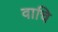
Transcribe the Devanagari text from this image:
वाचि